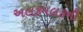
અલકમલકની